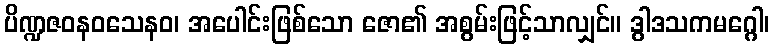
ပိဏ္ဍဇဝနဝသေနဝ၊ အပေါင်းဖြစ်သော ဇော၏ အစွမ်းဖြင့်သာလျှင်။ ဒွါဒသကမဂ္ဂေါ၊